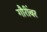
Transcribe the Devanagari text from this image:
गौरींवर